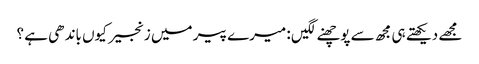
مجھے دیکھتے ہی مجھ سے پوچھنے لگیں : میرے پیر میں زنجیر کیوں باندھی ہے ؟